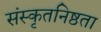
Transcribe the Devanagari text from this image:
संस्कृतनिष्ठता